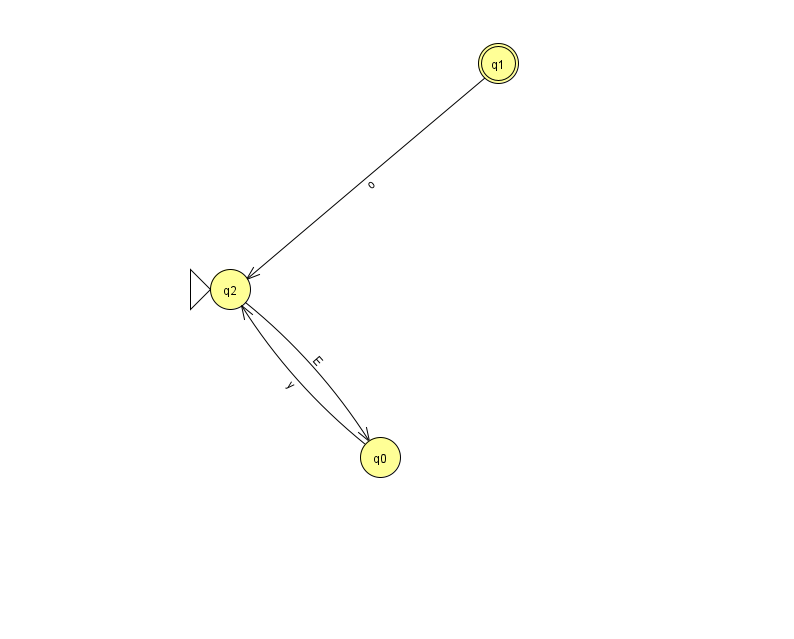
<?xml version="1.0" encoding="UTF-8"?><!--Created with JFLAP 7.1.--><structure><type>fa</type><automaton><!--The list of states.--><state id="0" name="q0"><x>380.0</x><y>444.0</y></state><state id="1" name="q1"><x>498.0</x><y>50.0</y><final/></state><state id="2" name="q2"><x>230.0</x><y>276.0</y><initial/></state><!--The list of transitions.--><transition><from>2</from><to>0</to><read>E</read></transition><transition><from>1</from><to>2</to><read>o</read></transition><transition><from>0</from><to>2</to><read>y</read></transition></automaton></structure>